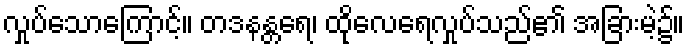
လှုပ်သောကြောင့်။ တဒနန္တရေ၊ ထိုလေရေလှုပ်သည်၏ အခြားမဲ့၌။